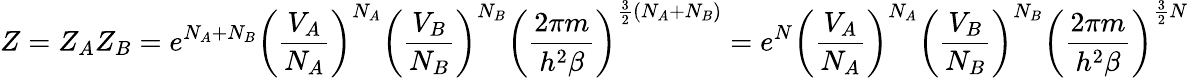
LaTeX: Z=Z_{A}Z_{B}=e^{N_{A}+N_{B}}\left(\frac{V_{A}}{N_{A}}\right)^{N_{A}}\left(\frac{V_{B}}{N_{B}}\right)^{N_{B}}\left(\frac{2\pi m}{h^{2}\beta}\right)^{\frac 32(N_{A}+N_{B})}=e^{N}\left(\frac{V_{A}}{N_{A}}\right)^{N_{A}}\left(\frac{V_{B}}{N_{B}}\right)^{N_{B}}\left(\frac{2\pi m}{h^{2}\beta}\right)^{\frac 32N}